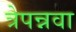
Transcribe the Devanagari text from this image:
त्रेपन्नवा